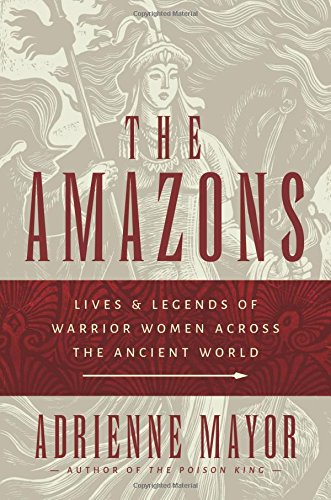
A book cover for The Amazons: Lives and Legends of Warrior Women across the Ancient World; Adrienne Mayor; Science & Math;